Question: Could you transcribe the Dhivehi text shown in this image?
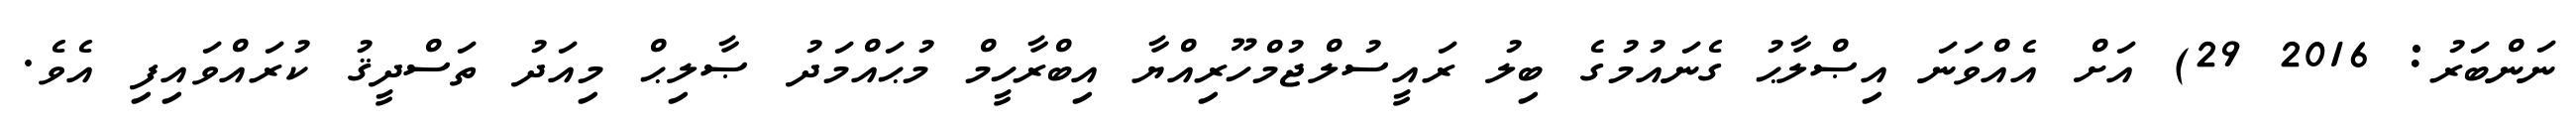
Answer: ނަންބަރު: 2016 29) އަށް އެއްވަނަ އިޞްލާޙު ގެނައުމުގެ ބިލު ރައީސުލްޖުމްހޫރިއްޔާ އިބްރާހީމް މުޙައްމަދު ޞާލިޙް މިއަދު ތަސްދީޤު ކުރައްވައިފި އެވެ.